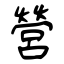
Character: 營